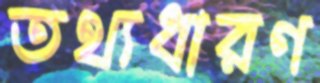
তথ্যধারণ